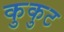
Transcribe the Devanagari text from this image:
कुकुट